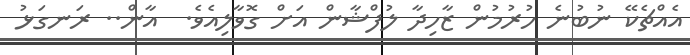
އެއްޗެކޭ ނުބުނެ ހުރުމުން ޒާހިދާ ލުފްޝާން އަށް ގޮވާލިއެވެ.  އާން.. ރަނގަޅު